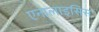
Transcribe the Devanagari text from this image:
एनालाइसिस